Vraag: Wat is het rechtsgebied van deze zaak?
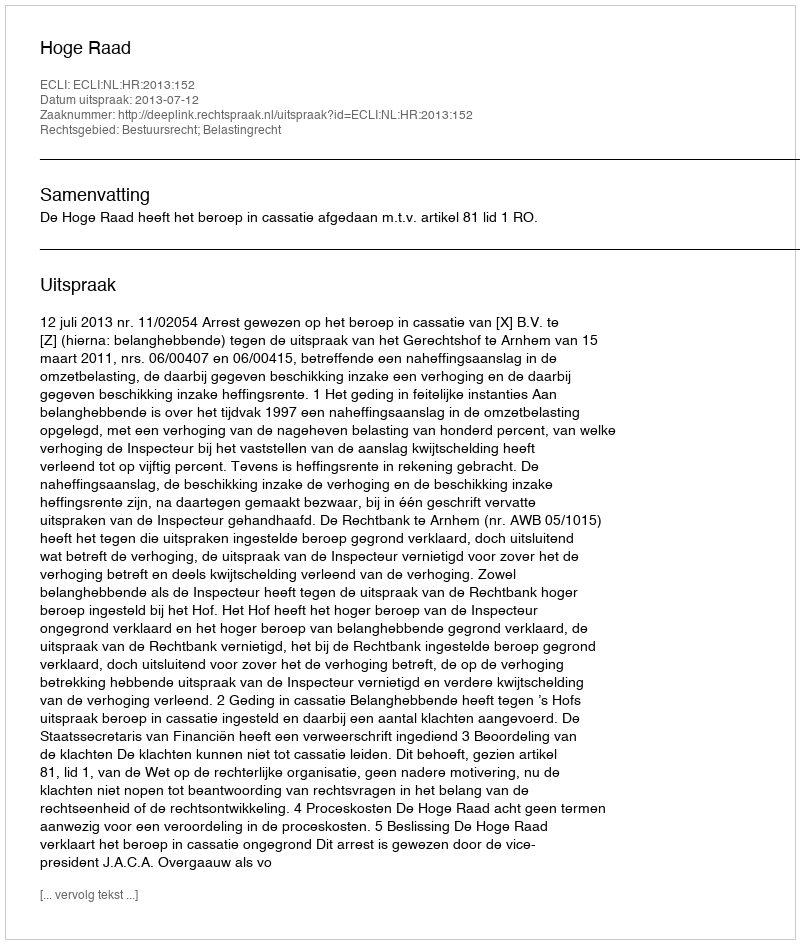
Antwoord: Bestuursrecht; Belastingrecht